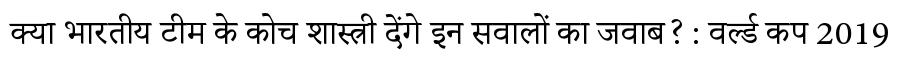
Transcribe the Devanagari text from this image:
क्या भारतीय टीम के कोच शास्त्री देंगे इन सवालों का जवाब? : वर्ल्ड कप 2019